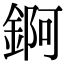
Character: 錒